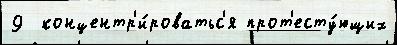
9  концентр'и́роватьс'я прот'есту́ющих